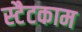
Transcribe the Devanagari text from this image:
स्टैटकाम